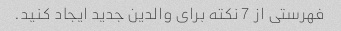
فهرستی از 7 نکته برای والدین جدید ایجاد کنید.